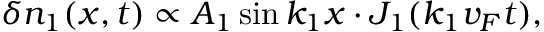
{ \delta n _ { 1 } ( x , t ) \propto A _ { 1 } \sin k _ { 1 } x \cdot J _ { 1 } ( k _ { 1 } v _ { F } t ) } ,